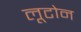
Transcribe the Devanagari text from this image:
लूटोन